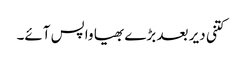
کتنی دیر بعد بڑے بھیا واپس آئے۔